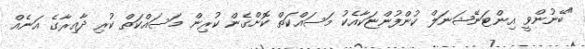
"ބޭނުންވީ އިންޓަނޭޝަނަލް ކުންފުންޏަކާއެކު މަސައްކަތް ކޮށްގެން ކުރިން މަސައްކަތް ކުރި ދާއިރާގެ އަނެއް